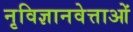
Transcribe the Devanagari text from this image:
नृविज्ञानवेत्ताओं